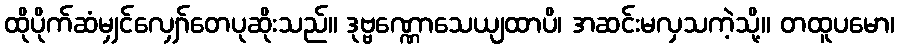
ထိုပိုက်ဆံမျှင်လျှော်တေပုဆိုးသည်။ ဒုဗ္ဗဏ္ဏောသေယျထာပိ၊ အဆင်းမလှသကဲ့သို့။ တထူပမော၊